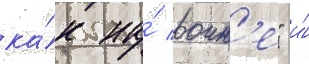
ка́к на́ воин'е" и́